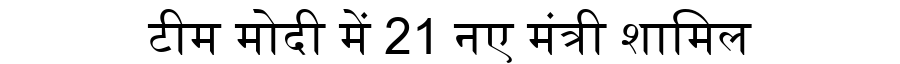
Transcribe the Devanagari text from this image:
टीम मोदी में 21 नए मंत्री शामिल